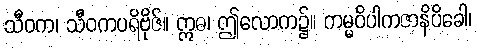
သီဝက၊ သီဝကပရိဗိုဇ်။ ဣဓ၊ ဤလောက၌။ ကမ္မဝိပါကဇာနိပိခေါ၊